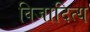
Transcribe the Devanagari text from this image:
विजादित्य